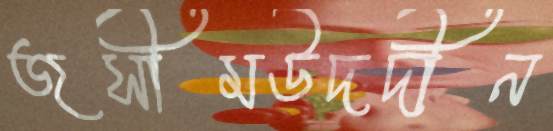
জসীমউদদীন